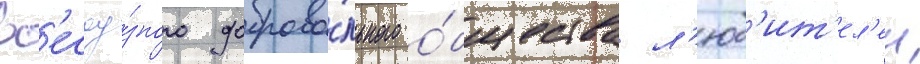
вс'есоу́зного доброво́льного о́бщества л'юб'ит'ел'еи